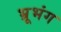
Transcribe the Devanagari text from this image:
भ्रूभंग